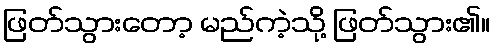
ဖြတ်သွားတော့ မည်ကဲ့သို့ ဖြတ်သွား၏။